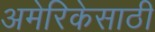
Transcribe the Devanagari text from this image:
अमेरिकेसाठी